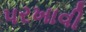
પરખાવી